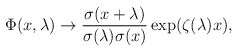
\begin{align*}\Phi (x,\lambda )\rightarrow {\frac{\sigma (x+\lambda )}{{\sigma (\lambda)\sigma (x)}}}\exp ({\zeta (\lambda )x}), \end{align*}